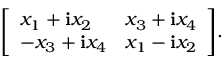
{ \left[ \begin{array} { l l } { x _ { 1 } + \mathbf { i } x _ { 2 } } & { x _ { 3 } + \mathbf { i } x _ { 4 } } \\ { - x _ { 3 } + \mathbf { i } x _ { 4 } } & { x _ { 1 } - \mathbf { i } x _ { 2 } } \end{array} \right] } . \,